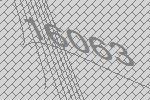
16063